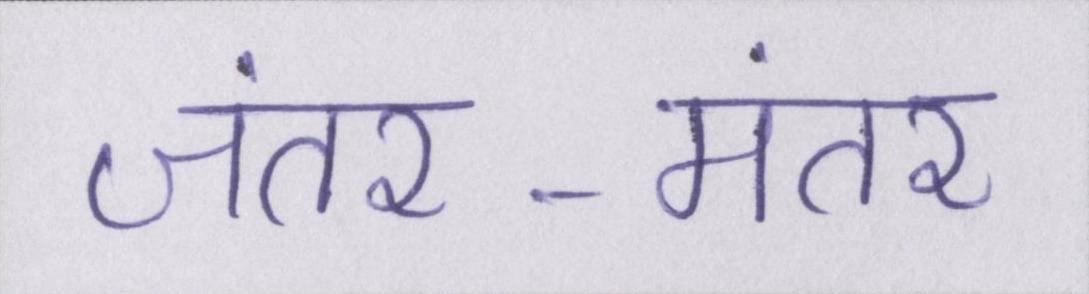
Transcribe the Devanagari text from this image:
जंतर-मंतर